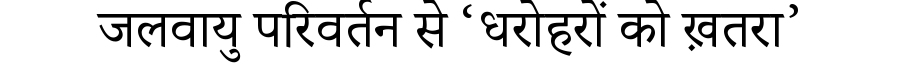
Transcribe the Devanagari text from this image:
जलवायु परिवर्तन से ‘धरोहरों को ख़तरा’